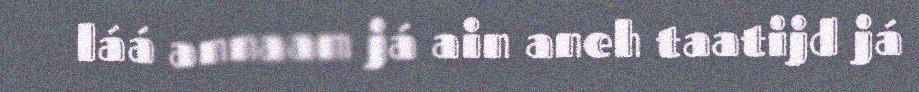
láá annaam já ain aneh taatijd já